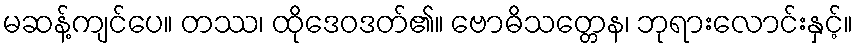
မဆန့်ကျင်ပေ။ တဿ၊ ထိုဒေဝဒတ်၏။ ဗောဓိသတ္တေန၊ ဘုရားလောင်းနှင့်။